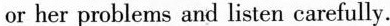
or her problems and listen carefully.